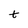
Character: t